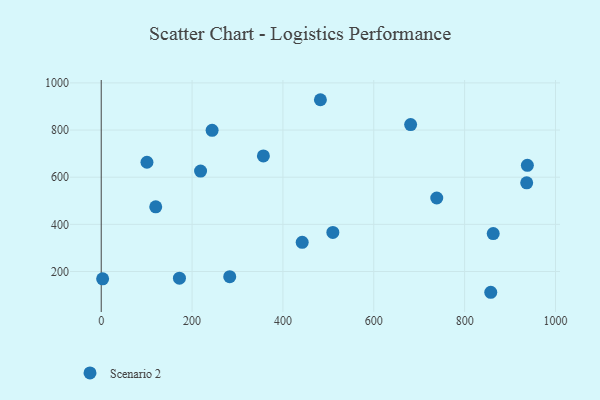
{"axis": {"x": "Engine Size", "y": "Fuel Efficiency"}, "legend": ["Scenario 2"], "data": [{"x": "857.5", "y": 111.9, "type": "Scenario 2"}, {"x": "509.9", "y": 365.7, "type": "Scenario 2"}, {"x": "100.7", "y": 663.5, "type": "Scenario 2"}, {"x": "936.6", "y": 576.0, "type": "Scenario 2"}, {"x": "482.5", "y": 928.6, "type": "Scenario 2"}, {"x": "862.9", "y": 360.8, "type": "Scenario 2"}, {"x": "218.7", "y": 625.9, "type": "Scenario 2"}, {"x": "681.1", "y": 823.1, "type": "Scenario 2"}, {"x": "938.1", "y": 650.4, "type": "Scenario 2"}, {"x": "3.1", "y": 169.1, "type": "Scenario 2"}, {"x": "172.2", "y": 171.7, "type": "Scenario 2"}, {"x": "244.1", "y": 798.6, "type": "Scenario 2"}, {"x": "282.9", "y": 177.9, "type": "Scenario 2"}, {"x": "120.0", "y": 474.3, "type": "Scenario 2"}, {"x": "442.4", "y": 323.7, "type": "Scenario 2"}, {"x": "738.6", "y": 511.8, "type": "Scenario 2"}, {"x": "357.0", "y": 690.3, "type": "Scenario 2"}]}